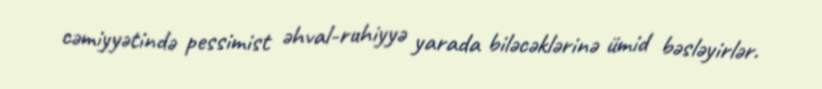
cəmiyyətində pessimist əhval-ruhiyyə yarada biləcəklərinə ümid bəsləyirlər.